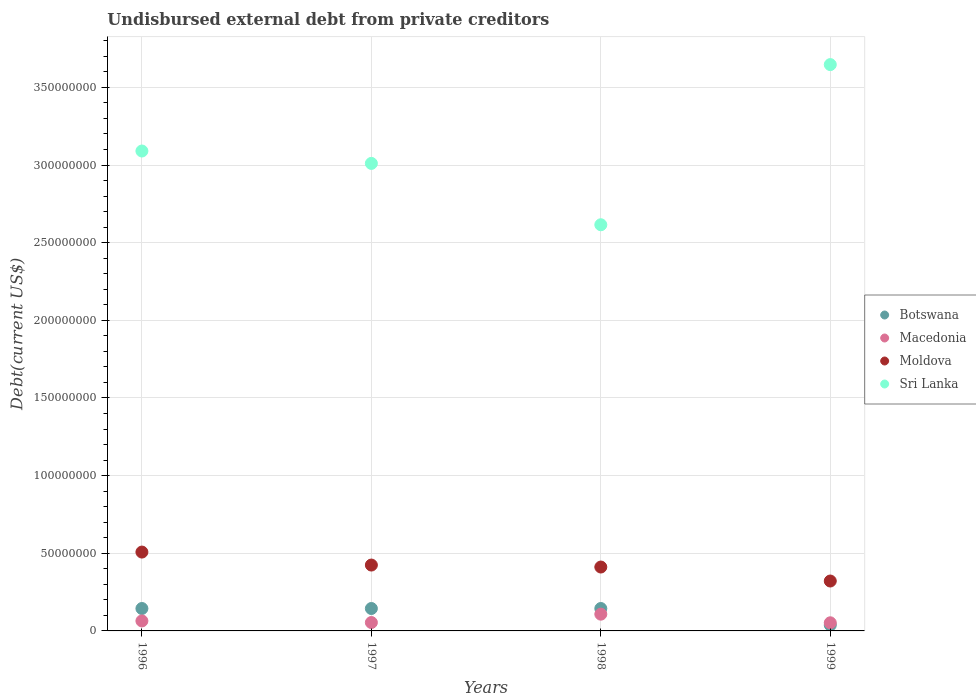
| Years | Botswana | Macedonia | Moldova | Sri Lanka |
 | --- | --- | --- | --- | --- |
 | 1996 | 1.44e+07 | 6.43e+06 | 5.08e+07 | 3.09e+08 |
 | 1997 | 1.44e+07 | 5.4e+06 | 4.24e+07 | 3.01e+08 |
 | 1998 | 1.44e+07 | 1.08e+07 | 4.11e+07 | 2.62e+08 |
 | 1999 | 3.77e+06 | 5.24e+06 | 3.21e+07 | 3.65e+08 |